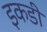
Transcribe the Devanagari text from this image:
इकडी